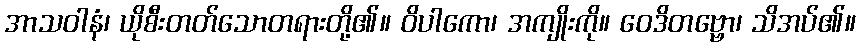
အာသဝါနံ၊ ယိုစီးတတ်သောတရားတို့၏။ ဝိပါကော၊ အကျိုးကို။ ဝေဒိတဗ္ဗော၊ သိအပ်၏။